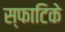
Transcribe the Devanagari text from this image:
स्फाटिके